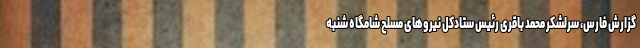
گزارش فارس، سرلشکر محمد باقری رئیس ستادکل نیروهای مسلح شامگاه شنبه